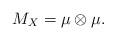
LaTeX: \begin{align*} M_X = \mu \otimes \mu. \end{align*}